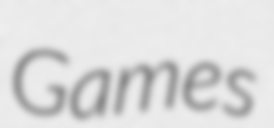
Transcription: Games